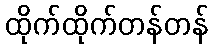
ထိုက်ထိုက်တန်တန်